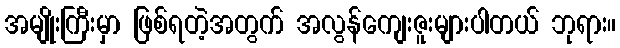
အမျိုးကြီးမှာ ဖြစ်ရတဲ့အတွက် အလွန်ကျေးဇူးများပါတယ် ဘုရား။